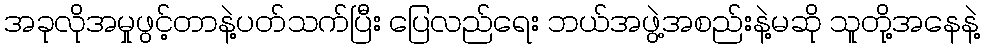
အခုလိုအမှုဖွင့်တာနဲ့ပတ်သက်ပြီး ပြေလည်ရေး ဘယ်အဖွဲ့အစည်းနဲ့မဆို သူတို့အနေနဲ့